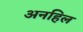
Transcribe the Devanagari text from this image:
अनहिल